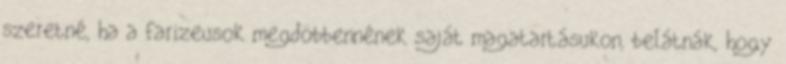
szeretné, ha a farizeusok megdöbbennének saját magatartásukon, belátnák, hogy